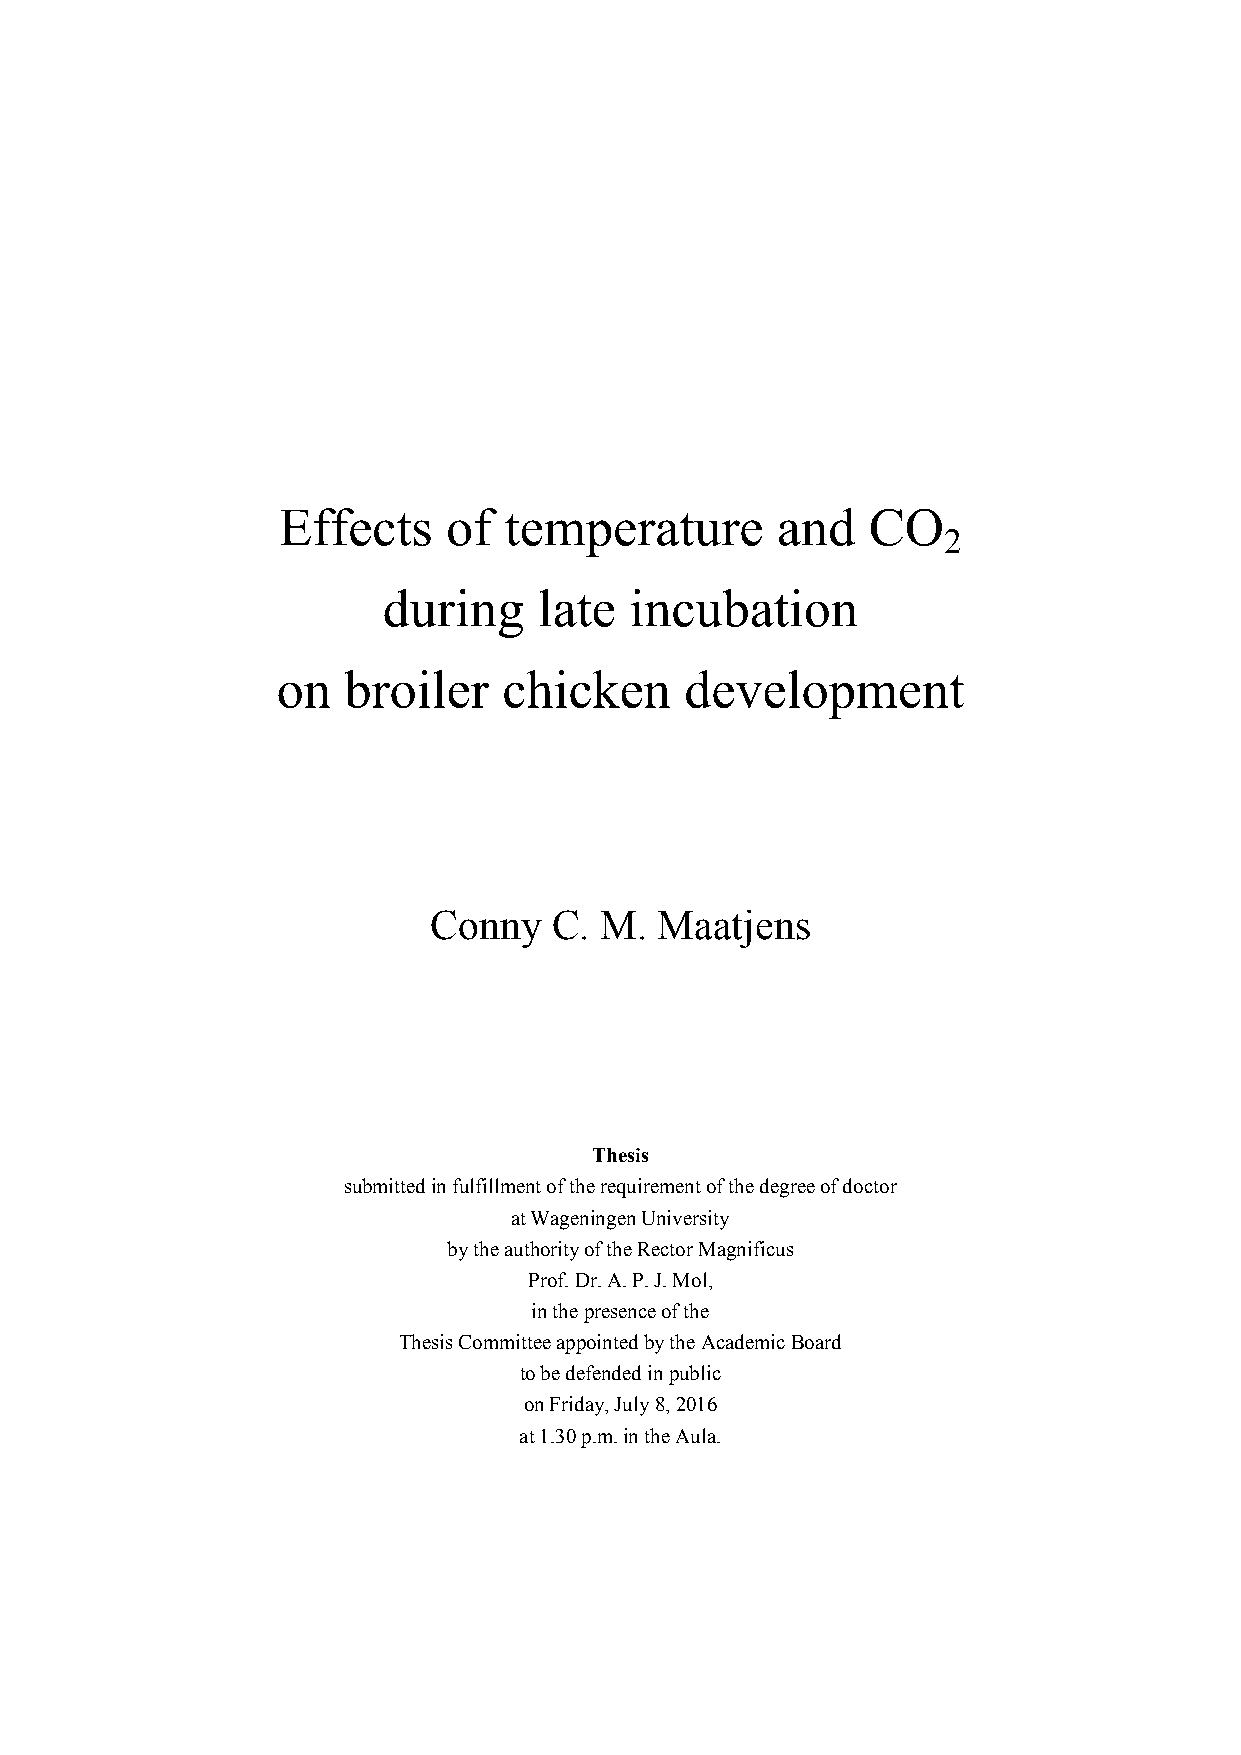
Effects     of temperature       and   CO
 2
 during     late  incubation
 on   broiler   chicken     development
 Conny    C. M.  Maatjens
 Thesis
 submitted in fulfillment of the requirement of the degree of doctor
 at Wageningen University
 by the authority of the Rector Magnificus
 Prof. Dr. A. P. J. Mol,
 in the presence of the
 Thesis Committee appointed by the Academic Board
 to be defended in public
 on Friday, July 8, 2016
 at 1.30 p.m. in the Aula.